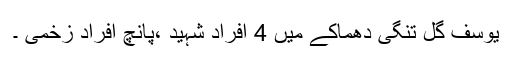
یوسف گل تنگی دھماکے میں 4 افراد شہید ،پانچ افراد زخمی ۔